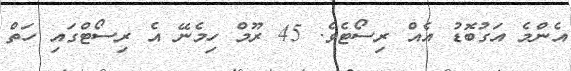
އެންމެ އަގުބޮޑު އެއް ރިސޯޓެވެ. 45 ރޫމް ހިމެނޭ އެ ރިސޯޓްގައި ހަތް